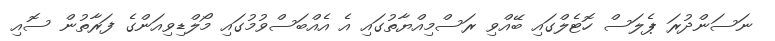
ނަސަންދުރަ ޕެލަސް ހޮޓެލްގައި ބޭއްވި ރަސްމިއްޔާތުގައި އެ އެއްބަސްވުމުގައި މޯލްޑިވިއަންގެ ފަރާތުން ސޮއި